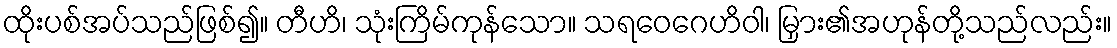
ထိုးပစ်အပ်သည်ဖြစ်၍။ တီဟိ၊ သုံးကြိမ်ကုန်သော။ သရဝေဂေဟိဝါ၊ မြှား၏အဟုန်တို့သည်လည်း။